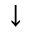
\downarrow